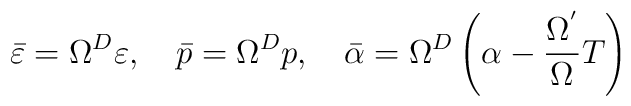
\bar \varepsilon =\Omega ^D\varepsilon ,\quad \bar p=\Omega ^Dp,\quad \bar\alpha =\Omega ^D\left( \alpha -\frac{\Omega ^{^{\prime }}}\Omega T\right)